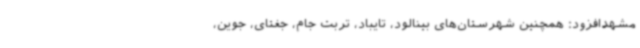
مشهدافزود: همچنین شهرستان‌های بینالود، تایباد، تربت جام، جغتای، جوین،